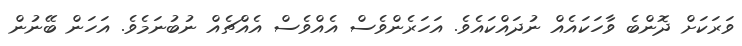
ވަރަކަށް ދޮންބެ ވާހަކައެއް ނުދައްކައެވެ. އަހަރެންވެސް އެއްވެސް އެއްޗެއް ނުބުނަމެވެ. އަހަން ބޭނުން